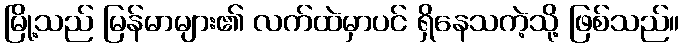
မြို့သည် မြန်မာများ၏ လက်ထဲမှာပင် ရှိနေသကဲ့သို့ ဖြစ်သည်။